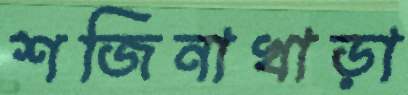
শজিনাখাড়া